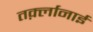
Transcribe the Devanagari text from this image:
तर्क़्लानाई